Annual administration report of the Civil Veterinary Department of India - 1910-1911
Year: 1910
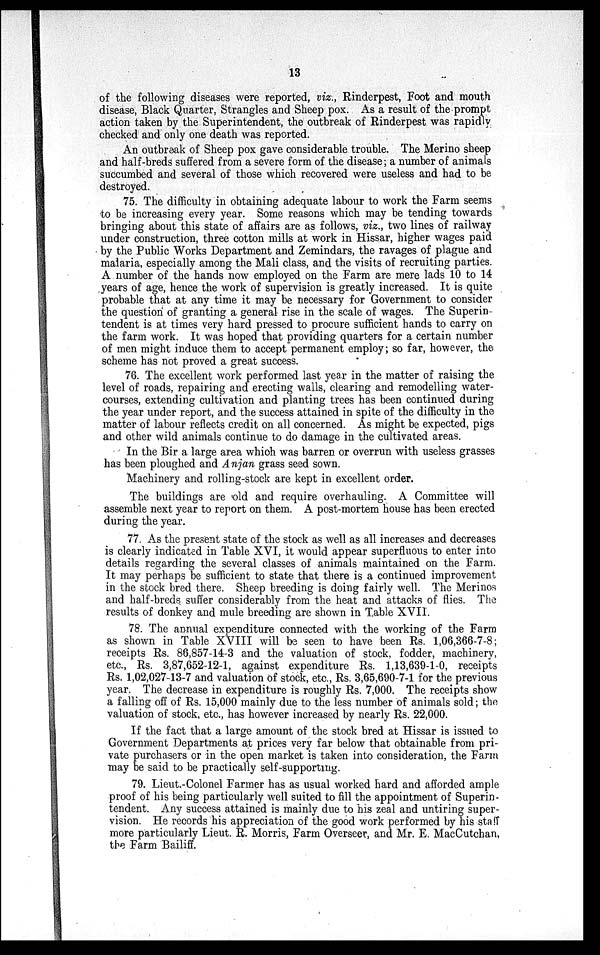
13
of the following diseases were reported, viz., Rinderpest, Foot and mouth
disease, Black Quarter, Strangles and Sheep pox. As a result of the prompt
action taken by the Superintendent, the outbreak of Rinderpest was rapidly
checked and only one death was reported.
An outbreak of Sheep pox gave considerable trouble. The Merino sheep
and half-breds suffered from a severe form of the disease; a number of animals
succumbed and several of those which recovered were useless and had to be
destroyed.
75. The difficulty in obtaining adequate labour to work the Farm seems
to be increasing every year. Some reasons which may be tending towards
bringing about this state of affairs are as follows, viz., two lines of railway
under construction, three cotton mills at work in Hissar, higher wages paid
by the Public Works Department and Zemindars, the ravages of plague and
malaria, especially among the Mali class, and the visits of recruiting parties.
A number of the hands now employed on the Farm are mere lads 10 to 14
years of age, hence the work of supervision is greatly increased. It is quite
probable that at any time it may be necessary for Government to consider
the question of granting a general rise in the scale of wages. The Superin
tendent is at times very hard pressed to procure sufficient hands to carry on
the farm work. It was hoped that providing quarters for a certain number
of men might induce them to accept permanent employ; so far, however, the
scheme has not proved a great success.
76. The excellent work performed last year in the matter of raising the
level of roads, repairing and erecting walls, clearing and remodelling water-
courses, extending cultivation and planting trees has been continued during
the year under report, and the success attained in spite of the difficulty in the
matter of labour reflects credit on all concerned. As might be expected, pigs
and other wild animals continue to do damage in the cultivated areas.
In the Bir a large area which was barren or overrun with useless grasses
has been ploughed and Anjan grass seed sown.
Machinery and rolling-stock are kept in excellent order.
The buildings are old and require overhauling. A Committee will
assemble next year to report on them. A post-mortem house has been erected
during the year.
77. As the present state of the stock as well as all increases and decreases
is clearly indicated in Table XVI, it would appear superfluous to enter into
details regarding the several classes of animals maintained on the Farm.
It may perhaps be sufficient to state that there is a continued improvement
in the stock bred there. Sheep breeding is doing fairly well. The Merinos
and half-breds suffer considerably from the heat and attacks of flies. The
results of donkey and mule breeding are shown in Table XVII.
78. The annual expenditure connected with the working of the Farm
as shown in Table XVIII will be seen to have been Rs. 1,06,366-7-8;
receipts Rs. 86,857-14-3 and the valuation of stock, fodder, machinery,
etc., Rs. 3,87,652-12-1, against expenditure Rs. 1,13,639-1-0, receipts
Rs. 1,02,027-13-7 and valuation of stock, etc., Rs. 3,65,690-7-1 for the previous
year. The decrease in expenditure is roughly Rs. 7,000. The receipts show
a falling off of Rs. 15,000 mainly due to the less number of animals sold; the
valuation of stock, etc., has however increased by nearly Rs. 22,000.
If the fact that a large amount of the stock bred at Hissar is issued to
Government Departments at prices very far below that obtainable from pri-
vate purchasers or in the open market is taken into consideration, the Farm
may be said to be practically self-supporting.
79. Lieut.-Colonel Farmer has as usual worked hard and afforded ample
proof of his being particularly well suited to fill the appointment of Superin-
tendent. Any success attained is mainly due to his zeal and untiring super-
vision. He records his appreciation of the good work performed by his staff
more particularly Lieut. R. Morris, Farm Overseer, and Mr. E. MacCutchan,
the Farm Bailiff.